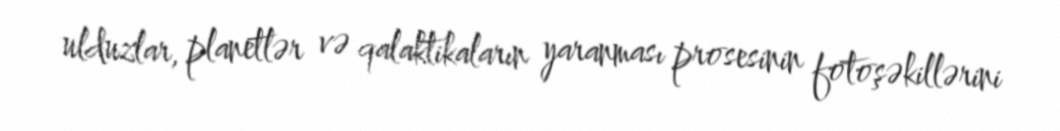
ulduzlar, planetlər və qalaktikaların yaranması prosesinin fotoşəkillərini